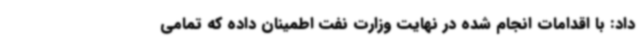
داد: با اقدامات انجام شده در نهایت وزارت نفت اطمینان داده که تمامی